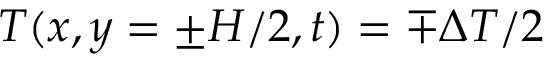
T ( x , y = \pm H / 2 , t ) = \mp \Delta T / 2